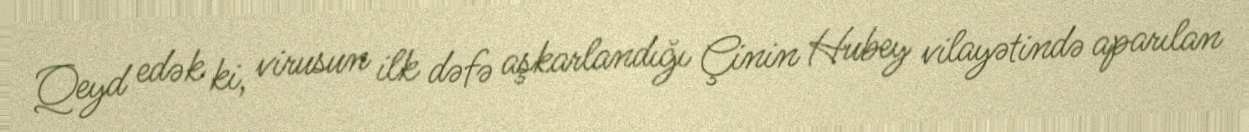
Qeyd edək ki, virusun ilk dəfə aşkarlandığı Çinin Hubey vilayətində aparılan